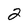
Character: 2